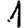
Digit: 1